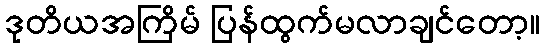
ဒုတိယအကြိမ် ပြန်ထွက်မလာချင်တော့။